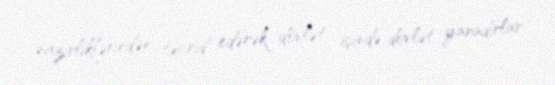
nazirliklərindən təcrid edərək dövlət içində dövlət yaradırlar.